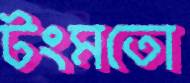
টংমতো